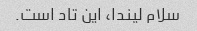
سلام لیندا، این تاد است.